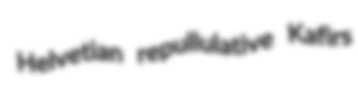
Helvetian repullulative Kafirs